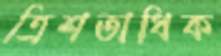
ত্রিশতাধিক